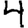
Digit: 4